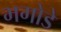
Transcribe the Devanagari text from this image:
भगोडे